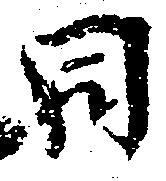
同